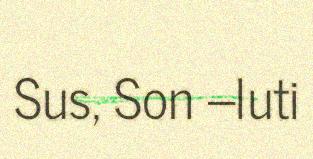
Sus, Son –luti